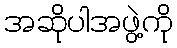
အဆိုပါအဖွဲ့ကို